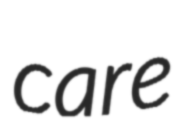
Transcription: care